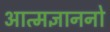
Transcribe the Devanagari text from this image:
आत्मज्ञाननो